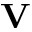
\mathbf { V }